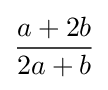
{\frac {a+2b}{2a+b}}